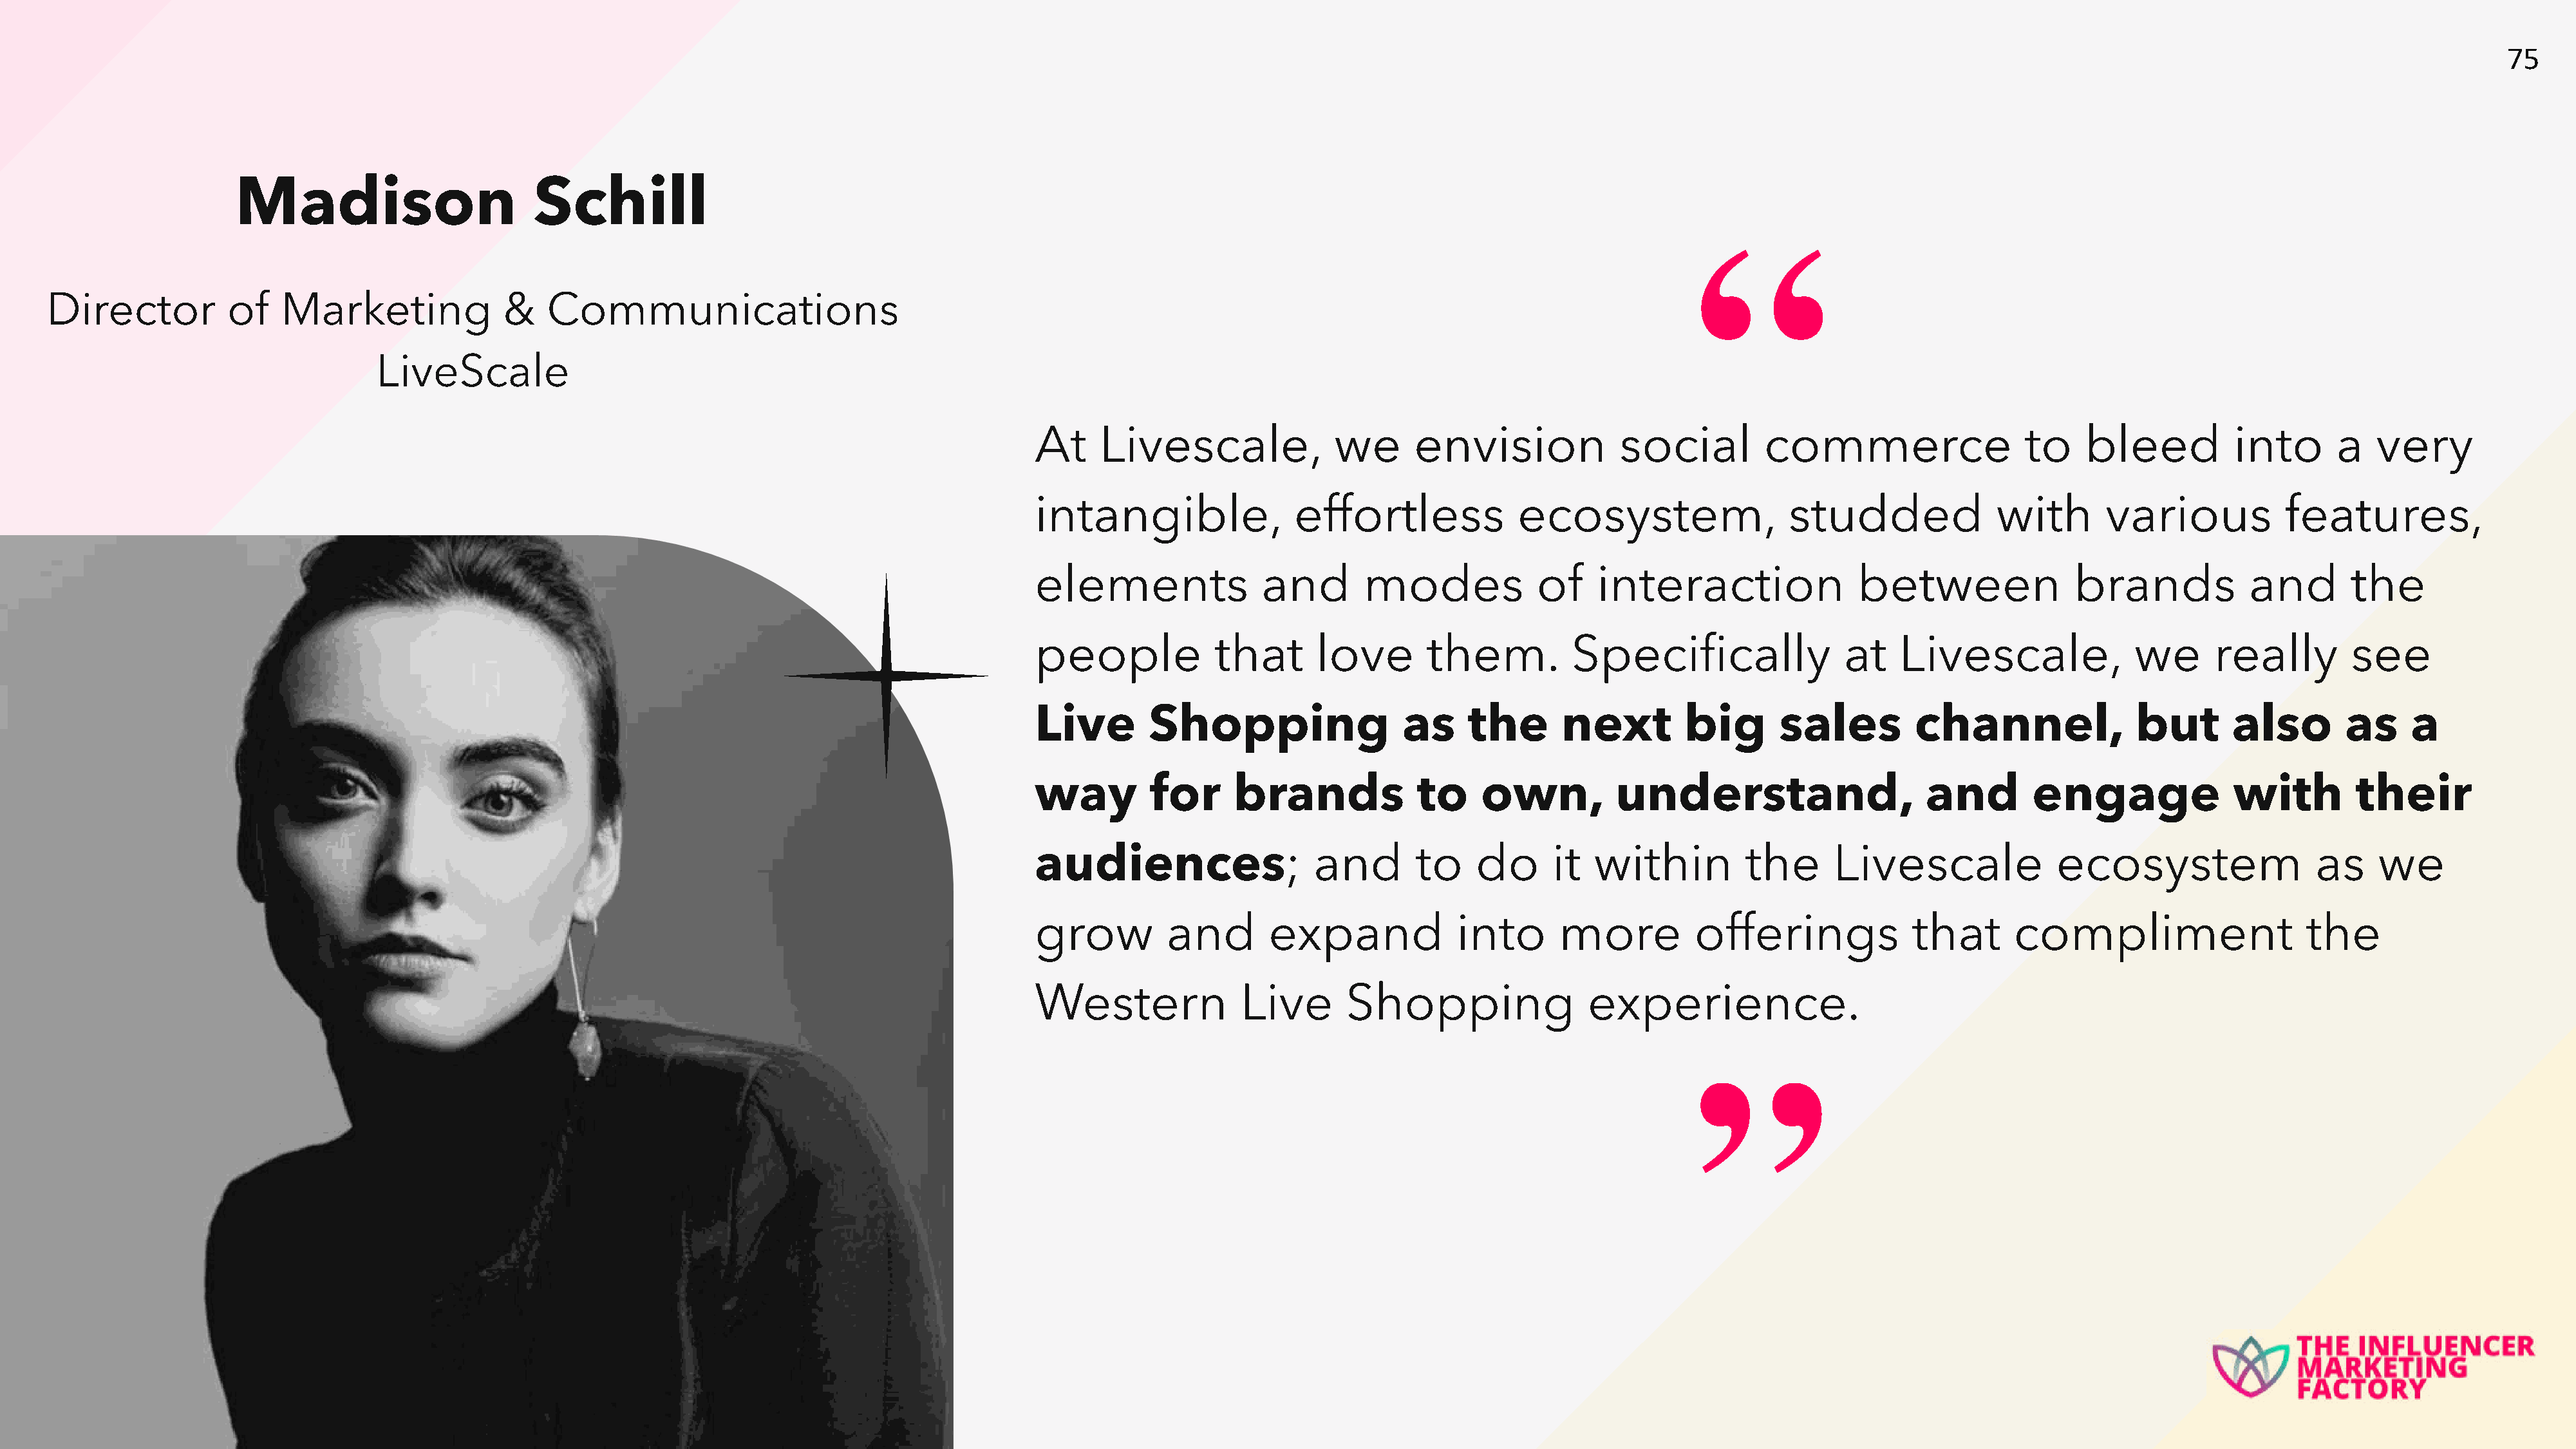
75
 Madison                        Schill
 “
 Director          of    Marketing              &   Communications
 LiveScale
 At     Livescale,              we      envision             social         commerce                   to    bleed           into      a   very
 intangible,                effortless             ecosystem,                  studded              with       various            features,
 elements                and       modes             of    interaction                between               brands            and        the
 people             that      love        them.          Specifically                at   Livescale,              we       really        see
 Live        Shopping                  as     the       next        big       sales         channel,               but      also        as     a
 way         for      brands             to    own,          understand,                     and        engage               with        their
 audiences;                   and        to    do      it  within         the      Livescale              ecosystem                  as    we
 grow          and       expand              into      more          offerings              that      compliment                    the
 Western               Live      Shopping                 experience.
 ”